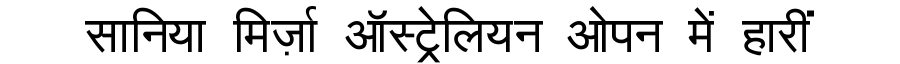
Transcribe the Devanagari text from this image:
सानिया मिर्ज़ा ऑस्ट्रेलियन ओपन में हारीं